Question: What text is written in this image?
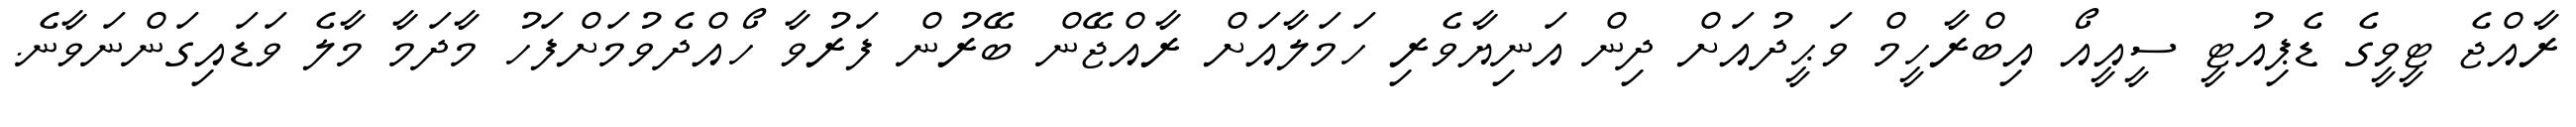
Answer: ރާއްޖެ ޓީވީގެ ޑެޕިއުޓީ ސީއީއޯ އިބްރާހީމް ވަޙީދުއަށް ދިން އަނިޔާވެރި ހަމަލާއަށް ރާއްޖޭން ބޭރުން ފަރުވާ ހޯއްދެވުމަށްފަހު މާދަމާ މާލެ ވަޑައިގަންނަވާނެ.